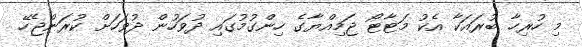
މި ހުރިހާ ބުރައަކާ އެކު މަޓާޓޯ ޖަމިއްޔާގެ ހިންގުމުގައި ދުވަހުން ދުވަހަށް ކުރަންޖެހޭ